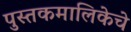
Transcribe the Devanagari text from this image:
पुस्तकमालिकेचे